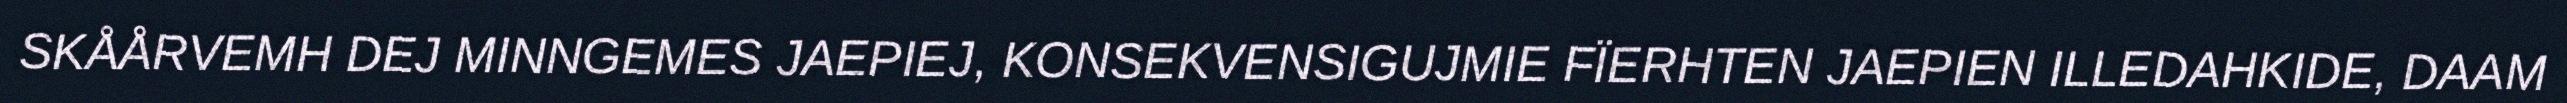
SKÅÅRVEMH DEJ MINNGEMES JAEPIEJ, KONSEKVENSIGUJMIE FÏERHTEN JAEPIEN ILLEDAHKIDE, DAAM